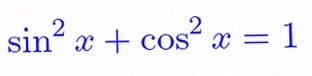
\sin^2x+\cos^2x=1